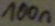
Text: 100n